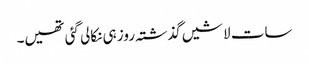
سات لاشیں گذشتہ روز ہی نکالی گئی تھیں۔